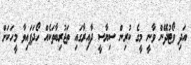
އަދި ވޯޓުދޭން ވާނީ މީގެ ކުރިން ސިޔާސީ ދާއިރާގައި ތަޖުރިބާތަކެއް ހޯދަފައިވާ މީހަކަށް